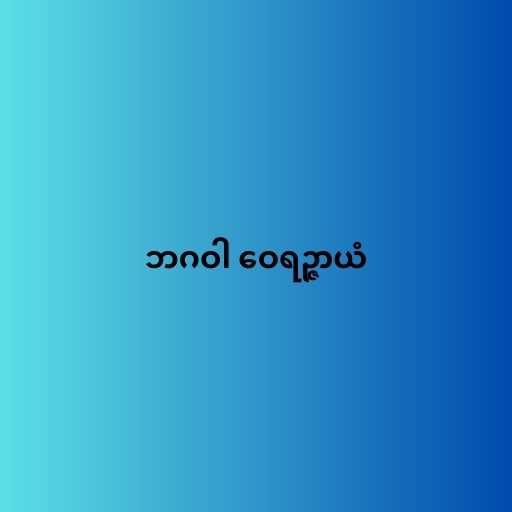
ဘဂဝါ ဝေရဉ္ဇာယံ